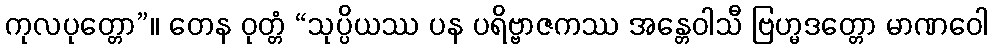
ကုလပုတ္တော”။ တေန ဝုတ္တံ “သုပ္ပိယဿ ပန ပရိဗ္ဗာဇကဿ အန္တေဝါသီ ဗြဟ္မဒတ္တော မာဏဝေါ